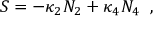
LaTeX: S = - \kappa _ { 2 } N _ { 2 } + \kappa _ { 4 } N _ { 4 } \; \; ,